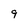
Character: 9